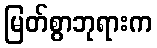
မြတ်စွာဘုရားက